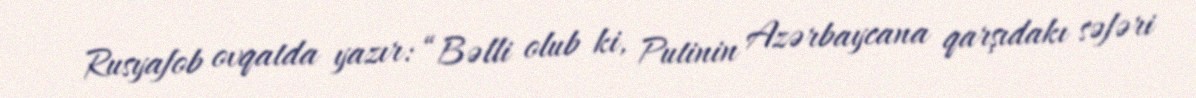
Rusyafob ovqatda yazır: “Bəlli olub ki, Putinin Azərbaycana qarşıdakı səfəri